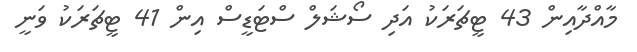
މާއްދާއިން 43 ޓީޗަރަކު އަދި ސޯޝަލް ސްޓަޑީސް އިން 41 ޓީޗަރަކު ވަނީ